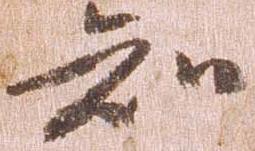
知